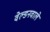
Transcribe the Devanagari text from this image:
वेल्डनवाले